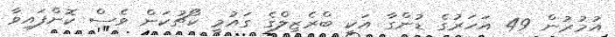
އުމުރުން 49 އަހަރުގެ ޑުންގާ އަކީ ބްރެޒިލްގެ ގައުމީ ކޯޗުކަން ވެސް ކޮށްފައިވާ